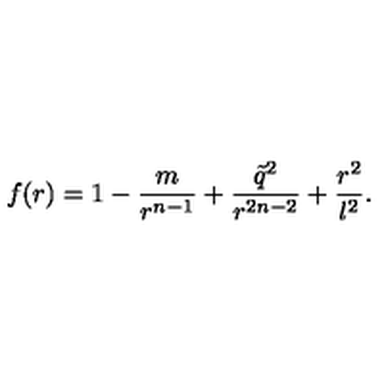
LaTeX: f ( r ) = 1 - \frac { m } { r ^ { n - 1 } } + \frac { \tilde { q } ^ { 2 } } { r ^ { 2 n - 2 } } + \frac { r ^ { 2 } } { l ^ { 2 } } .